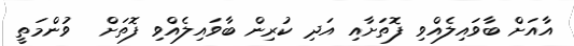
އާއަށް ބާވައިލެއްވި ފޮތަށާއި އަދި ކުރިން ބާވައިލެއްވި ފޮތަށް  ވުންމަތީ